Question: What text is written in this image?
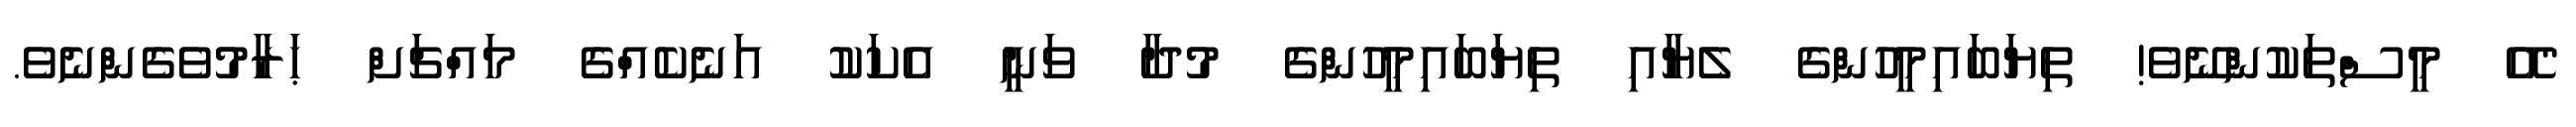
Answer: "އޭ މީސްތަކުންނޭވެ! ތިޔަބައިމީހުންގެ ލެޔާއި ތިޔަބައިމީހުންގެ މުދާ ވަނީ އެކަކު އަނެކެއްގެ މައްޗަށް ޙަރާމުވެގެންނެވެ.